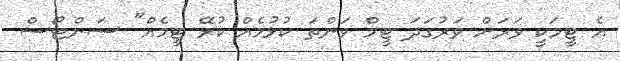
އެ ޓީމަކީ ވަރަށް ވަރުގަދަ ޓީމް ވަންތަ ކުޅުމެއް ކުޅޭ ޓީމެއް" ސަންޓޯސް